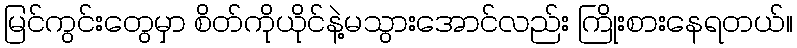
မြင်ကွင်းတွေမှာ စိတ်ကိုယိုင်နဲ့မသွားအောင်လည်း ကြိုးစားနေရတယ်။